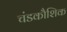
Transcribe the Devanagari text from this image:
चंडकौशिक